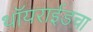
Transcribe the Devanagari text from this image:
थॉयराईडचा